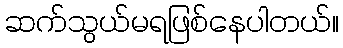
ဆက်သွယ်မရဖြစ်နေပါတယ်။